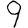
Digit: 9